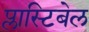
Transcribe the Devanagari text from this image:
प्लास्टिबेल